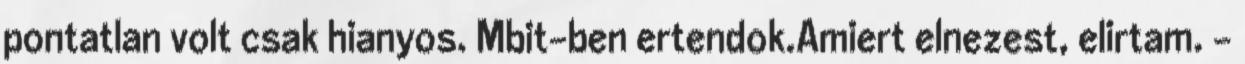
pontatlan volt csak hianyos. Mbit-ben ertendok.Amiert elnezest, elirtam. -